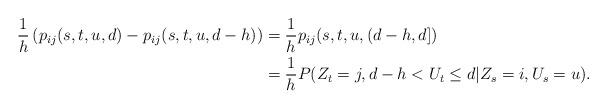
LaTeX: \begin{align*} \frac{1}{h}\left(p_{ij}(s,t,u,d) - p_{ij}(s,t,u,d-h)\right) &=\frac{1}{h}p_{ij}(s,t,u,(d-h,d])\\ &=\frac{1}{h}P(Z_t = j,d-h<U_t\le d | Z_s = i,U_s = u).\end{align*}